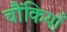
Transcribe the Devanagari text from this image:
चौंकियाँ